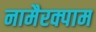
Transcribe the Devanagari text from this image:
नामैरक्पाम